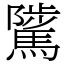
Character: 騭